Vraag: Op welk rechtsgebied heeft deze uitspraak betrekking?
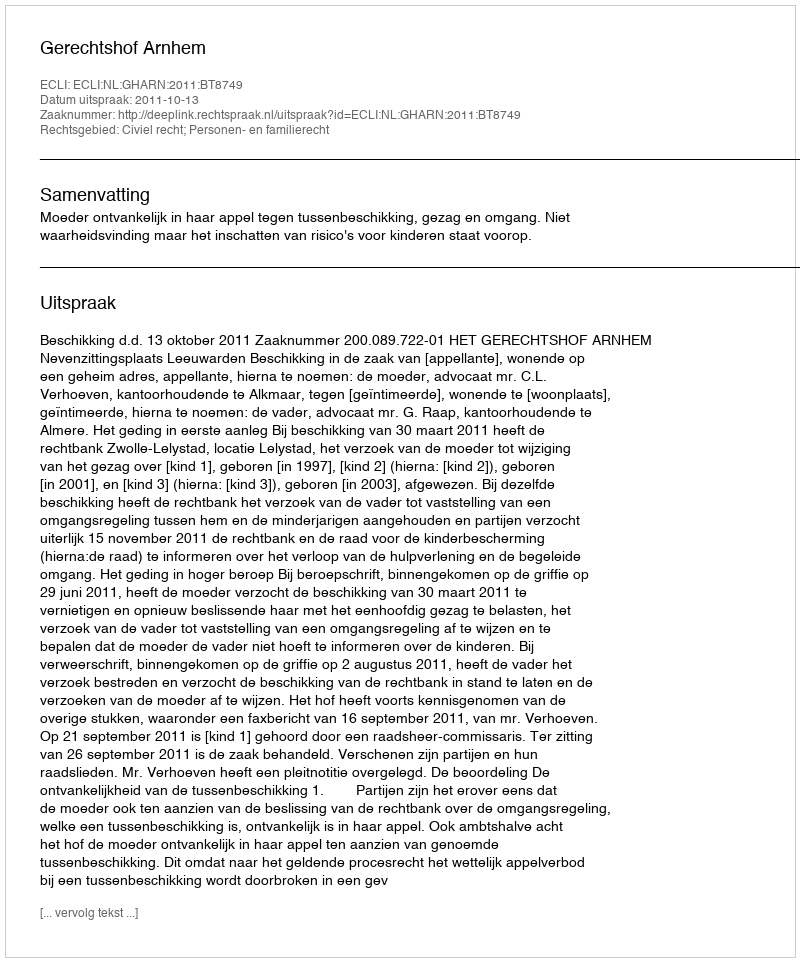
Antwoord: Civiel recht; Personen- en familierecht